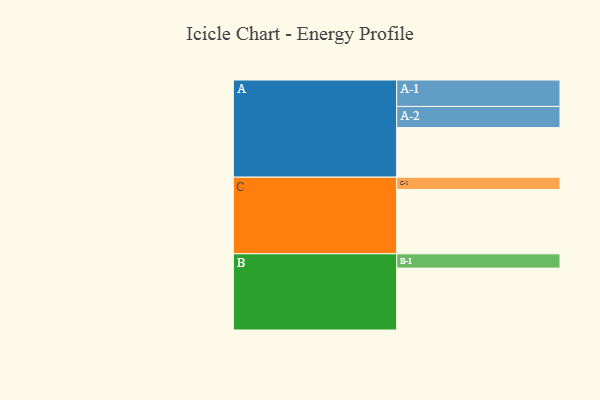
{"axis": {"x": "Segment", "y": "Value"}, "legend": ["", "A", "B", "C"], "data": [{"x": "A", "y": 364, "type": ""}, {"x": "B", "y": 454, "type": ""}, {"x": "C", "y": 472, "type": ""}, {"x": "A-1", "y": 194, "type": "A"}, {"x": "A-2", "y": 155, "type": "A"}, {"x": "B-1", "y": 105, "type": "B"}, {"x": "C-1", "y": 90, "type": "C"}]}